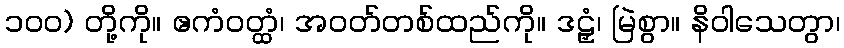
၁၀၀) တို့ကို။ ဧကံဝတ္ထံ၊ အဝတ်တစ်ထည်ကို။ ဒဠှံ၊ မြဲစွာ။ နိဝါသေတွာ၊